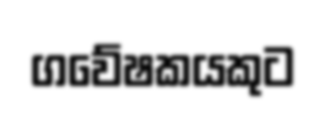
ගවේෂකයකුට